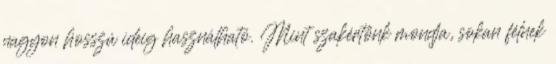
nagyon hosszú ideig használható. Mint szakértőnk mondja, sokan félnek